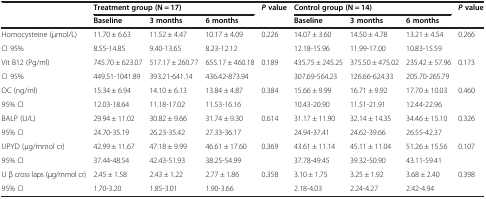
<table><thead><tr><td></td><td colspan="3"><b>Treatment group (N = 17)</b></td><td rowspan="2"><b><i>P</i>value</b></td><td colspan="3"><b>Control group (N = 14)</b></td><td rowspan="2"><b><i>P</i>value</b></td></tr><tr><td></td><td><b>Baseline</b></td><td><b>3 months</b></td><td><b>6 months</b></td><td><b>Baseline</b></td><td><b>3 months</b></td><td><b>6 months</b></td></tr></thead><tbody><tr><td>Homocysteine (μmol/L)</td><td>11.70 ± 6.63</td><td>11.52 ± 4.47</td><td>10.17 ± 4.09</td><td>0.226</td><td>14.07 ± 3.60</td><td>14.50 ± 4.78</td><td>13.21 ± 4.54</td><td>0.266</td></tr><tr><td>CI 95%</td><td>8.55-14.85</td><td>9.40-13.65</td><td>8.23-12.12</td><td></td><td>12.18-15.96</td><td>11.99-17.00</td><td>10.83-15.59</td><td></td></tr><tr><td>Vit B12 (Pg/ml)</td><td>745.70 ± 623.07</td><td>517.17 ± 260.77</td><td>655.17 ± 460.18</td><td>0.189</td><td>435.75 ± 245.25</td><td>375.50 ± 475.02</td><td>235.42 ± 57.96</td><td>0.173</td></tr><tr><td>CI 95%</td><td>449.51-1041.89</td><td>393.21-641.14</td><td>436.42-873.94</td><td></td><td>307.69-564.23</td><td>126.66-624.33</td><td>205.70-265.79</td><td></td></tr><tr><td>OC (ng/ml)</td><td>15.34 ± 6.94</td><td>14.10 ± 6.13</td><td>13.84 ± 4.87</td><td>0.384</td><td>15.66 ± 9.99</td><td>16.71 ± 9.92</td><td>17.70 ± 10.03</td><td>0.460</td></tr><tr><td>95% CI</td><td>12.03-18.64</td><td>11.18-17.02</td><td>11.53-16.16</td><td></td><td>10.43-20.90</td><td>11.51-21.91</td><td>12.44-22.96</td><td></td></tr><tr><td>BALP (U/L)</td><td>29.94 ± 11.02</td><td>30.82 ± 9.66</td><td>31.74 ± 9.30</td><td>0.614</td><td>31.17 ± 11.90</td><td>32.14 ± 14.35</td><td>34.46 ± 15.10</td><td>0.326</td></tr><tr><td>95% CI</td><td>24.70-35.19</td><td>26.23-35.42</td><td>27.33-36.17</td><td></td><td>24.94-37.41</td><td>24.62-39.66</td><td>26.55-42.37</td><td></td></tr><tr><td>UPYD (μg/mmol cr)</td><td>42.99 ± 11.67</td><td>47.18 ± 9.99</td><td>46.61 ± 17.60</td><td>0.369</td><td>43.61 ± 11.14</td><td>45.11 ± 11.04</td><td>51.26 ± 15.56</td><td>0.107</td></tr><tr><td>95% CI</td><td>37.44-48.54</td><td>42.43-51.93</td><td>38.25-54.99</td><td></td><td>37.78-49.45</td><td>39.32-50.90</td><td>43.11-59.41</td><td></td></tr><tr><td>U β cross laps (μg/mmol cr)</td><td>2.45 ± 1.58</td><td>2.43 ± 1.22</td><td>2.77 ± 1.86</td><td>0.358</td><td>3.10 ± 1.75</td><td>3.25 ± 1.92</td><td>3.68 ± 2.40</td><td>0.398</td></tr><tr><td>95% CI</td><td>1.70-3.20</td><td>1.85-3.01</td><td>1.90-3.66</td><td></td><td>2.18-4.03</td><td>2.24-4.27</td><td>2.42-4.94</td><td></td></tr></tbody></table>